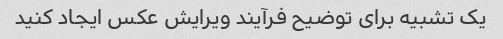
یک تشبیه برای توضیح فرآیند ویرایش عکس ایجاد کنید